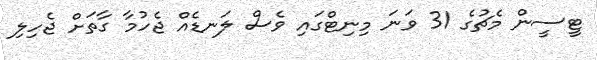
ޓީސީން މެޗުގެ 31 ވަނަ މިނިޓްގައި ވެސް ލަނޑެއް ޖެހުމާ ގާތަށް ޖެހިލި